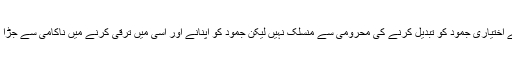
یہاں بے اختیاری جمود کو تبدیل کرنے کی محرومی سے منسلک نہیں لیکن جمود کو اپنانے اور اسی میں ترقی کرنے میں ناکامی سے جڑا ہوا ہے۔